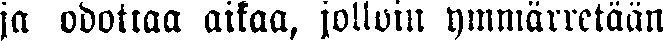
ja odottaa aikaa, jolloin ymmärretään